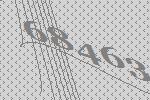
68463